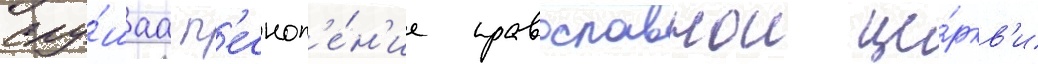
Слу́шаа п'есноп'е́н'ие православнои це́ркв'и